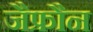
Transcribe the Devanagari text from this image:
जैफ्रौन